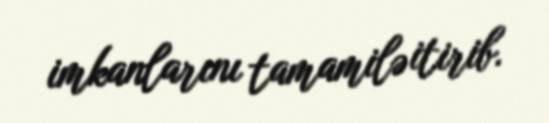
imkanlarını tamamilə itirib.